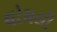
ઘોઘલી